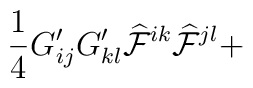
\frac{1}{4} G'_{ij} G'_{kl} {\cal \widehat{F}}^{ik}{\cal \widehat{F}}^{jl} +